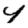
Digit: 4